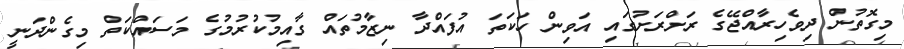
މިގޮތުން ދިވެހިރާއްޖޭގެ ރަށްރަށުގައި އަވިން ހަކަތަ އުފައްދާ ނިޒާމުތައް ގާއިމުކުރުމުގެ މަސައްކަތް މިގެންދަނީ